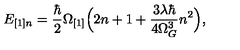
E _ { [ 1 ] n } = \frac { \hbar } { 2 } \Omega _ { [ 1 ] } \Bigl ( 2 n + 1 + \frac { 3 \lambda \hbar } { 4 \Omega _ { G } ^ { 3 } } n ^ { 2 } \Bigr ) ,